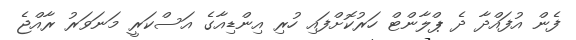
ފެން އުފައްދާ ދެ ޕްލާންޓް ހަރުކޮށްފައި ހުރި އިންޑިއާގެ އަސްކަރީ މަނަވަރު ރާއްޖެ